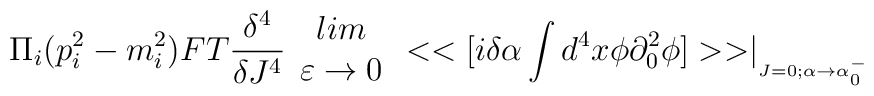
\Pi _{i}(p^{2}_{i}-m^{2}_{i})FT\frac{\delta ^{4}}{\delta J^{4}}\begin{array}{c}lim\\\varepsilon \rightarrow 0\end{array}<<[i\delta \alpha \int d^{4}x\phi \partial ^{2}_{0}\phi ]>>\mid _{_{J=0;\alpha \rightarrow \alpha ^{-}_{0}}}